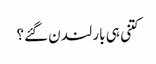
کتنی ہی بار لندن گئے؟